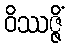
ဝိဿဇ္ဇိံ